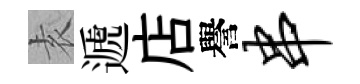
𡊮遞店譽串